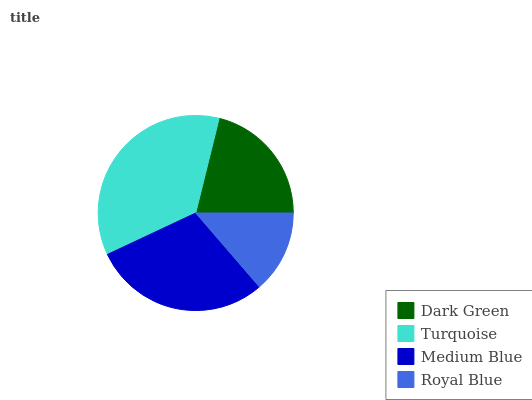
| Dark Green | Turquoise | Medium Blue | Royal Blue |
 | --- | --- | --- | --- |
 | 21.2% | 35.8% | 29.3% | 13.7% |